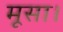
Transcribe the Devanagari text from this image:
मूसा।